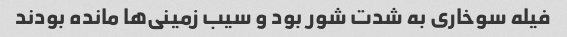
فیله سوخاری به شدت شور بود و سیب زمینی‌ها مانده بودند